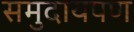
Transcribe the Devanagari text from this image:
समुदायपण